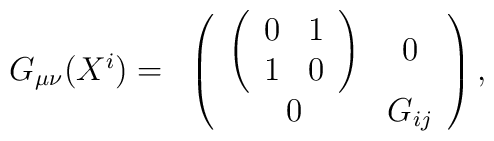
\begin{array}{cc}G_{\mu \nu}(X^{i}) = & \left( \begin{array}{cc}\left( \begin{array}{cc} 0 & 1 \\ 1 & 0 \end{array} \right)& 0  \\ 0  & G_{ij} \end{array} \right),\end{array}